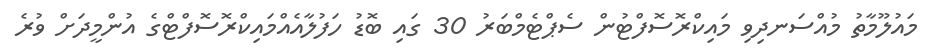
މައުލޫމާތު މުއްސަނދިވި މައިކްރޮސޮފްޓުން ސެޕްޓެމްބަރު 30 ގައި ބޮޑު ހަފުލާއެއްމައިކްރޮސޮފްޓްގެ އުންމީދަށް ވުރެ